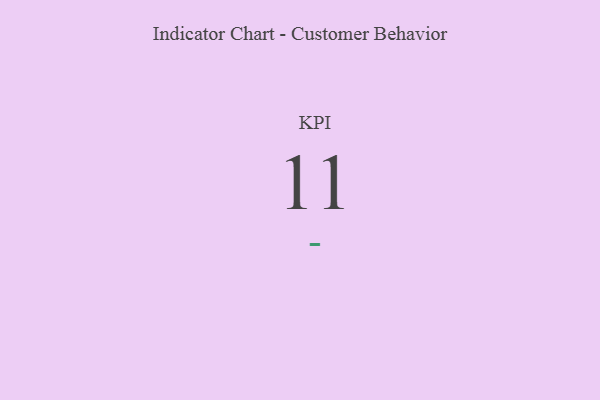
{"axis": {"x": "KPI", "y": "Value"}, "legend": [""], "data": [{"x": "KPI", "y": 11, "type": ""}]}